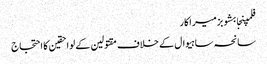
فلمپنجابشوبزمیراکار
سانحہ ساہیوال کے خلاف مقتولین کے لواحقین کا احتجاج